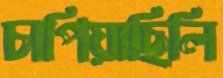
চাপিয়াছিলি